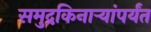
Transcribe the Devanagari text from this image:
समुद्रकिनार्‍यांपर्यंत